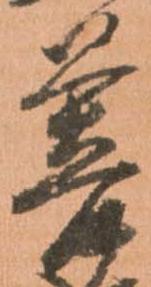
菩